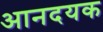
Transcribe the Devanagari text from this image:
आनदयक